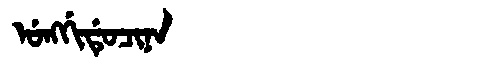
Manchu: ᡠᠩᡤᡳᡩᡠᠴᡳᠨᠠ
Romanization: UNGGIDUCINA